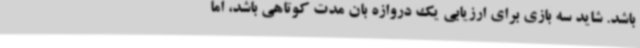
باشد. شاید سه بازی برای ارزیابی یک دروازه بان مدت کوتاهی باشد، اما